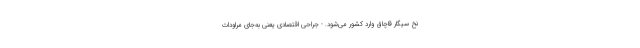
نخ سیگار قاچاق وارد کشور می‌شود. - جراحی اقتصادی یعنی به‌جای مراودات